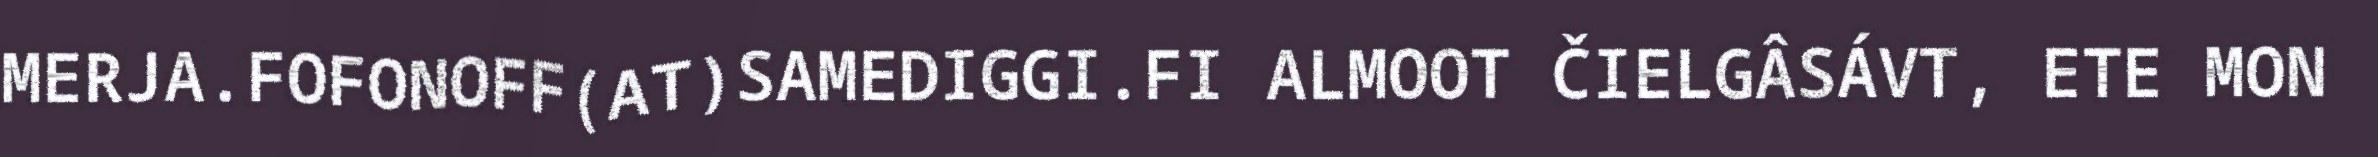
MERJA.FOFONOFF(AT)SAMEDIGGI.FI ALMOOT ČIELGÂSÁVT, ETE MON